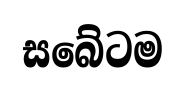
සබේටම